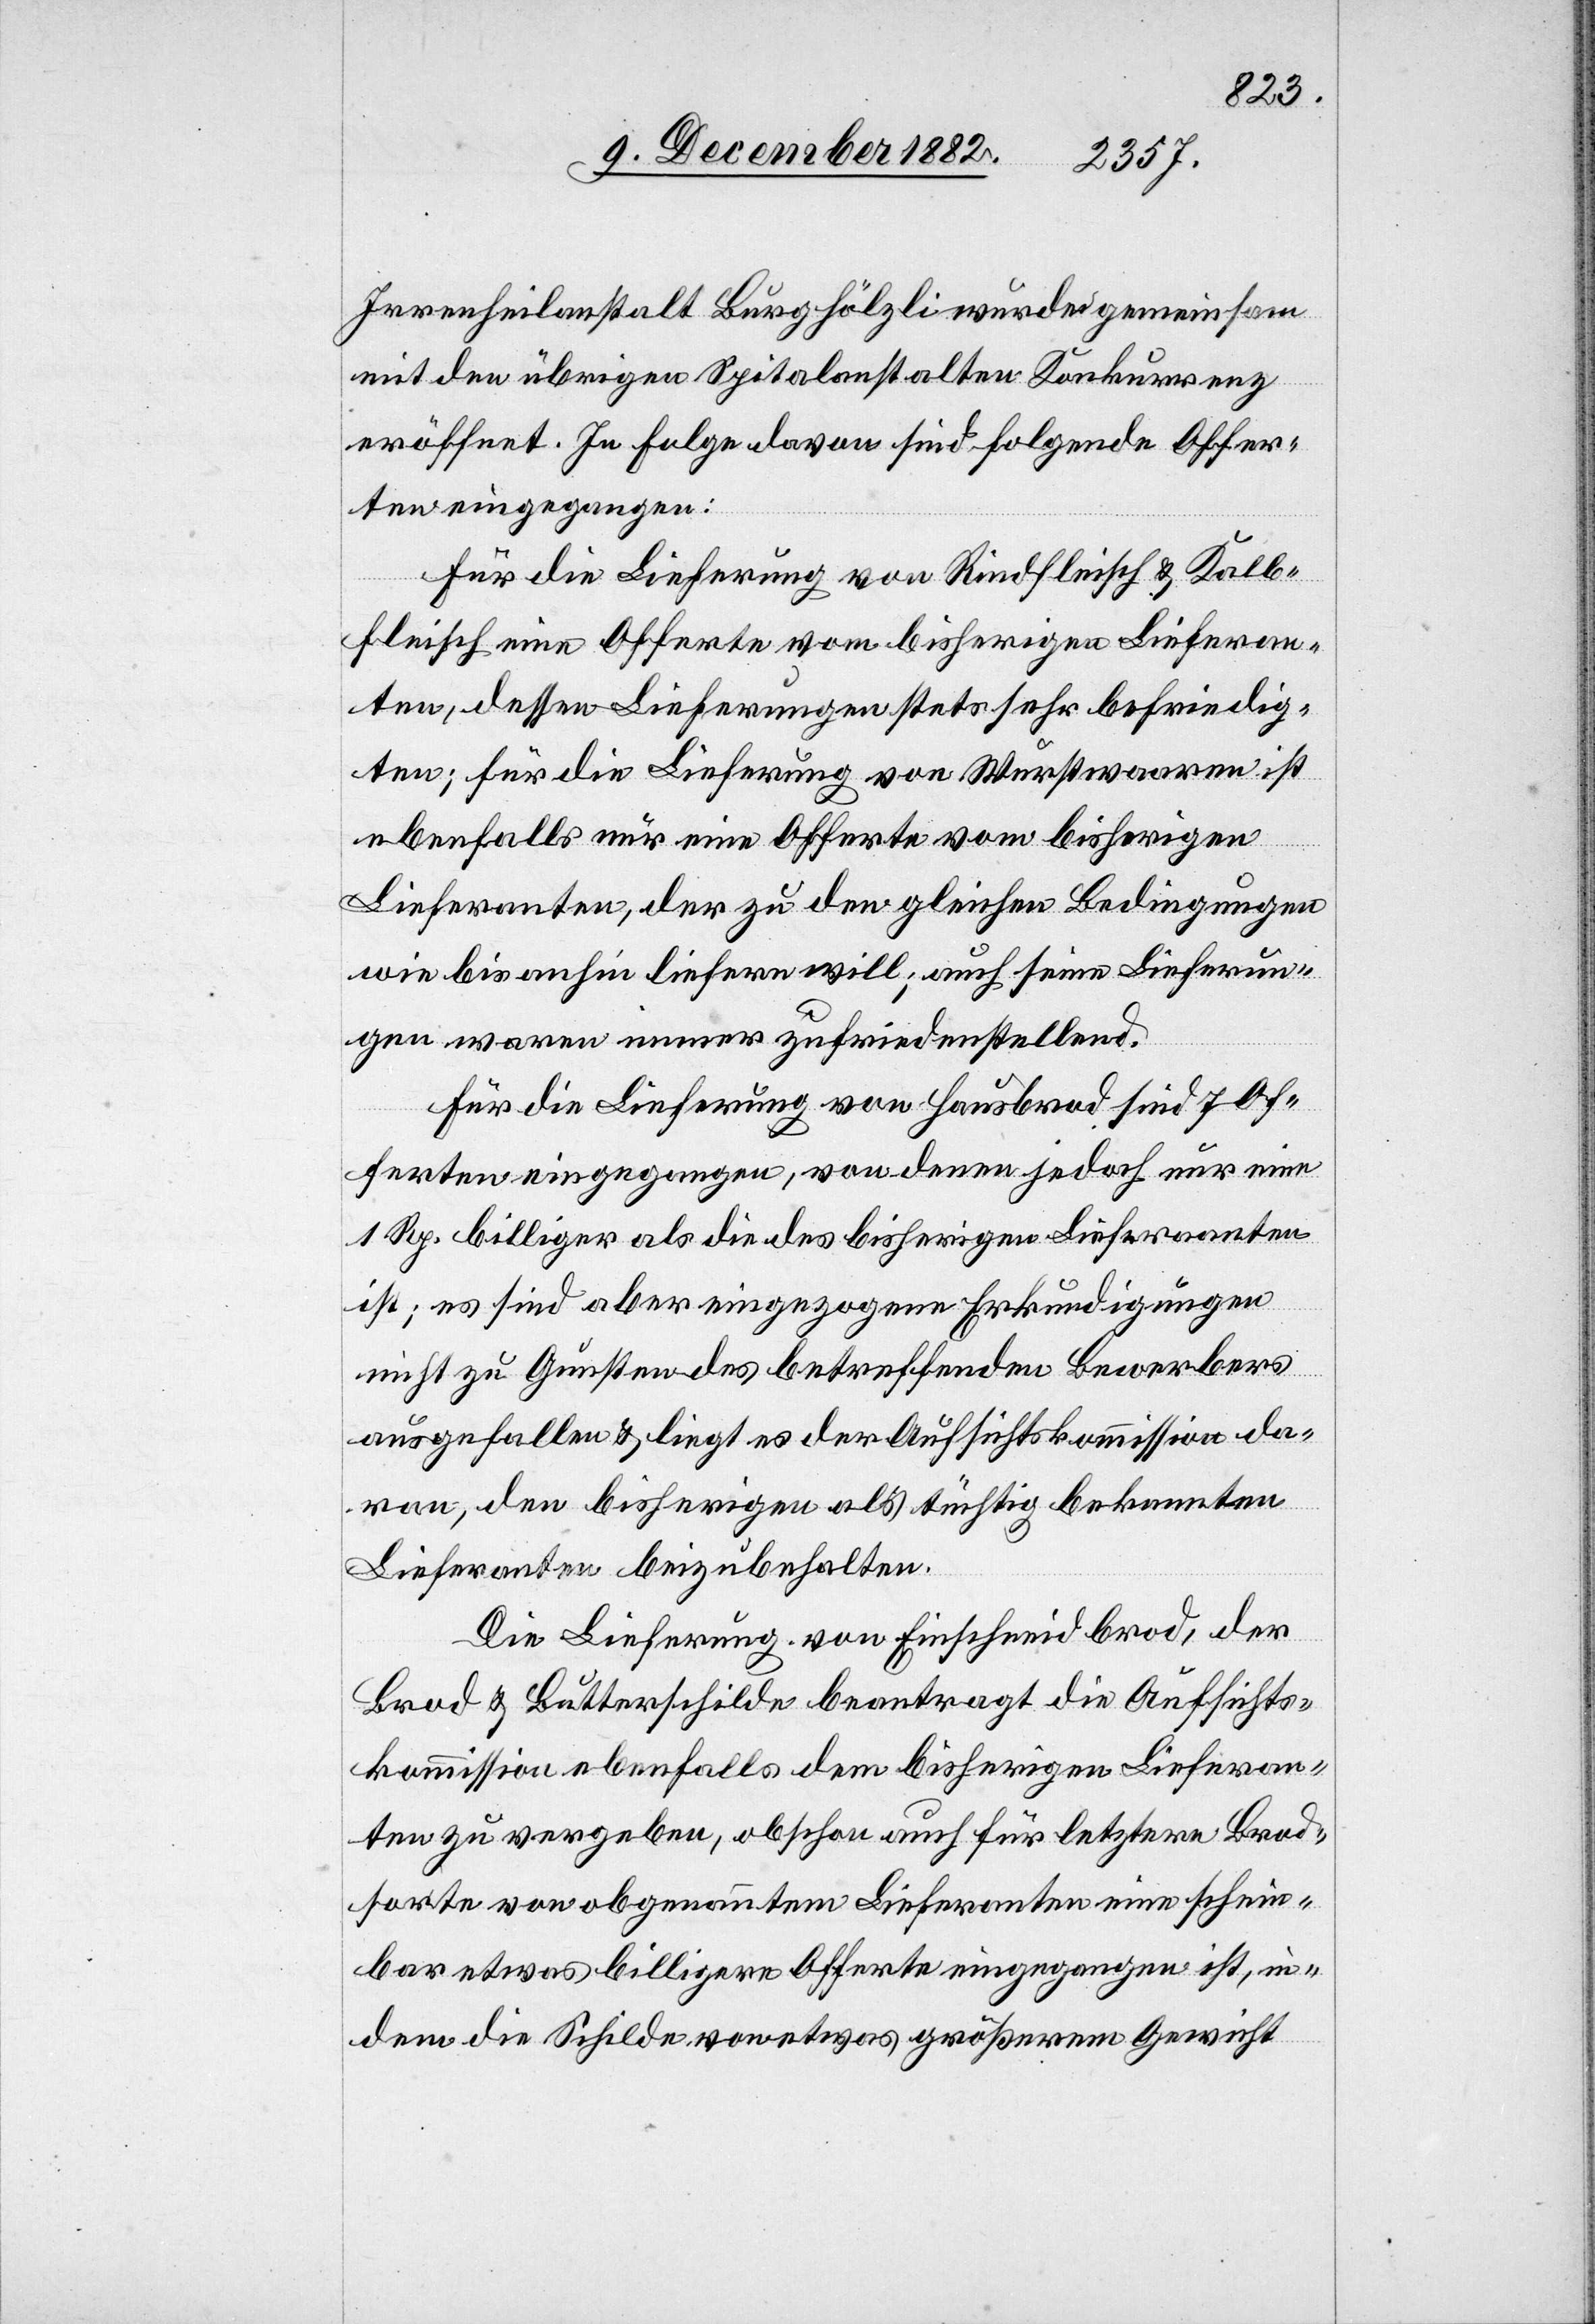
Irrenheilanstalt Burghölzli wurde gemeinsam
mit den übrigen Spitalanstalten Konkurrenz
eröffnet. In Folge davon sind folgende Offer¬
ten [eingegangen],
gungen
Für die Lieferung von Rindfleisch & Kalb¬
fleisch eine Offerte vom bisherigen Lieferan¬
ten, dessen Lieferungen stets sehr befriedig¬
ten; für die Lieferung von Wurstwaaren ist
ebenfalls nur eine Offerte vom bisherigen
wie bis anhin liefern will; auch seine Lieferun¬
gen waren immer zufriedenstellend.
Für die Lieferung von Hausbrod sind 7 Of¬
ferten eingegangen, von denen jedoch nur eine
1 Rp. billiger als die des bisherigen Lieferanten
ist; es sind aber eingezogene Erkundigungen
nicht zu Gunsten des betreffenden Bewerbers
ausgefallen & liegt es der Aufsichtskommission da¬
ran, den bisherigen als tüchtig bekannten
Lieferanten beizubehalten.
Die Lieferung von Einschneidbrod, der
Brod- & Butterschilde beantragt die Aufsichts¬
kommission ebenfalls dem bisherigen Lieferan¬
ten zu vergeben, obschon auch für letztere Brod¬
sorte von obgenannten Lieferanten eine schein¬
bar etwas billigere Offerte eingegangen ist, in¬
dem die Schilde von etwas größerem Gewicht